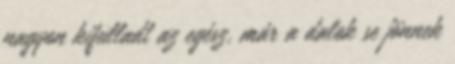
nagyon kifulladt az egész, már a dalok se jönnek